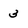
Character: 3